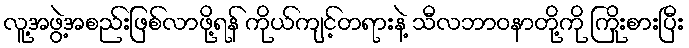
လူ့အဖွဲ့အစည်းဖြစ်လာဖို့ရန် ကိုယ်ကျင့်တရားနဲ့ သီလဘာဝနာတို့ကို ကြိုးစားပြီး